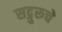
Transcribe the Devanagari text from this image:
सद्गुरूचे